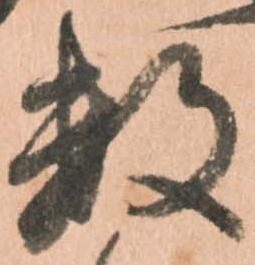
数